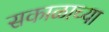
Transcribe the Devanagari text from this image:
सकाळाच्या